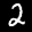
Label: 2